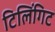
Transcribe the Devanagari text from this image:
टिलिंगिट